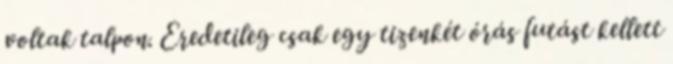
voltak talpon. Eredetileg csak egy tizenkét órás futást kellett